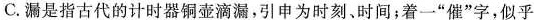
C.漏是指古代的计时器铜壶滴漏，引申为时刻、时间；着一”催”字，似乎